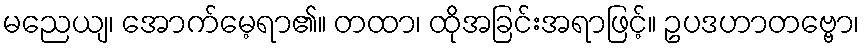
မညေယျ၊ အောက်မေ့ရာ၏။ တထာ၊ ထိုအခြင်းအရာဖြင့်။ ဥပဒဟာတဗ္ဗော၊